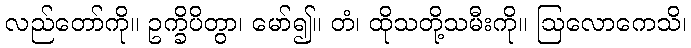
လည်တော်ကို။ ဥက္ခိပိတွာ၊ မော်၍။ တံ၊ ထိုသတို့သမီးကို။ ဩလောကေသိ၊